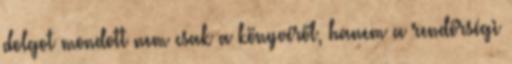
dolgot mondott nem csak a könyvéről, hanem a rendőrségi